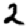
Digit: 2